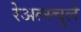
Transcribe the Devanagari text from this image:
रेअल्स्चुले